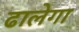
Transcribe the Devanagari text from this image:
ढालेगा